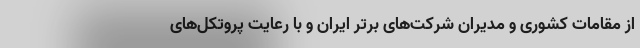
از مقامات کشوری و مدیران شرکت‌های برتر ایران و با رعایت پروتکل‌های